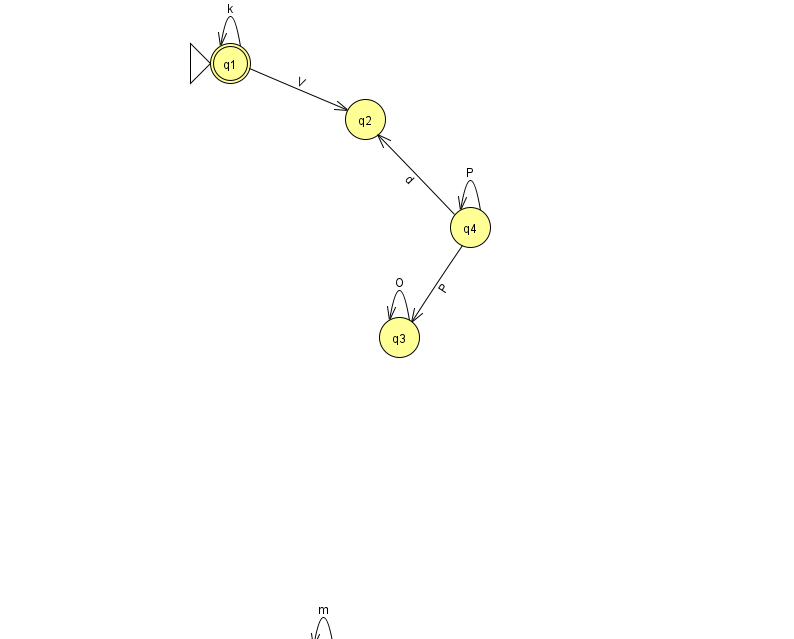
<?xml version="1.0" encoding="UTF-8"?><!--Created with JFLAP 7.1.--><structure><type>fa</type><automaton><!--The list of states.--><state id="0" name="q0"><x>323.0</x><y>651.0</y></state><state id="1" name="q1"><x>230.0</x><y>50.0</y><initial/><final/></state><state id="2" name="q2"><x>365.0</x><y>106.0</y></state><state id="3" name="q3"><x>399.0</x><y>324.0</y></state><state id="4" name="q4"><x>470.0</x><y>214.0</y></state><!--The list of transitions.--><transition><from>4</from><to>4</to><read>P</read></transition><transition><from>4</from><to>3</to><read>P</read></transition><transition><from>1</from><to>2</to><read>V</read></transition><transition><from>1</from><to>1</to><read>k</read></transition><transition><from>0</from><to>0</to><read>m</read></transition><transition><from>3</from><to>3</to><read>O</read></transition><transition><from>4</from><to>2</to><read>d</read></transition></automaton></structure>